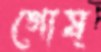
গোষ্